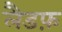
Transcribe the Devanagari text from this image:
लैडफ़